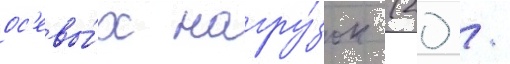
ос'евы́х нагру́зок (20 /